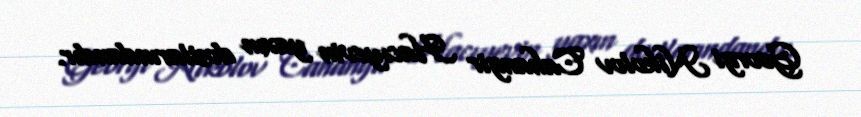
Georgi Nikolov Cahangir Hacıyevin yaxın dostlarındandır.